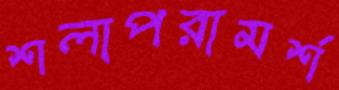
শলাপরামর্শ